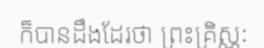
ក៏បានដឹងដែរថា ព្រះគ្រិស្ណៈ